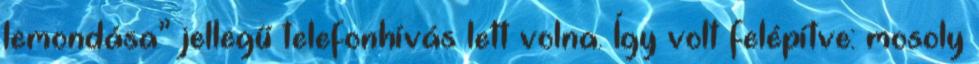
lemondása” jellegű telefonhívás lett volna. Így volt felépítve: mosoly